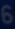
6